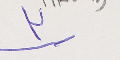
٣